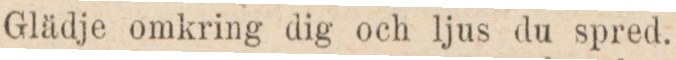
Glädje omkring dig och ljus du spred.